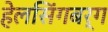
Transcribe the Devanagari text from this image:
हेलसिंगबर्ग